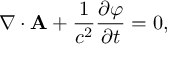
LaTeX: \nabla \cdot { \mathbf { A } } + { \frac { 1 } { c ^ { 2 } } } { \frac { \partial \varphi } { \partial t } } = 0 ,